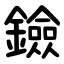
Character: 鐱